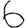
Digit: 6